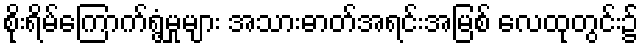
စိုးရိမ်ကြောက်ရွံ့မှုများ အသားဓာတ်အရင်းအမြစ် လေထုတွင်း၌